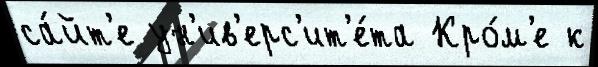
са́йт'е ун'ив'ерс'ит'е́та Кро́м'е к